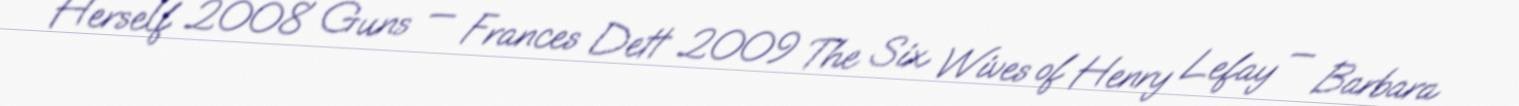
Herself 2008 Guns — Frances Dett 2009 The Six Wives of Henry Lefay — Barbara